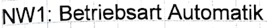
Text: NW1: Betriebsart Automatik